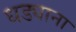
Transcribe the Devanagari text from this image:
धड्याना